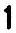
1